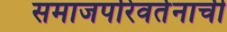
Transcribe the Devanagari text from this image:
समाजपरिवर्तनाची